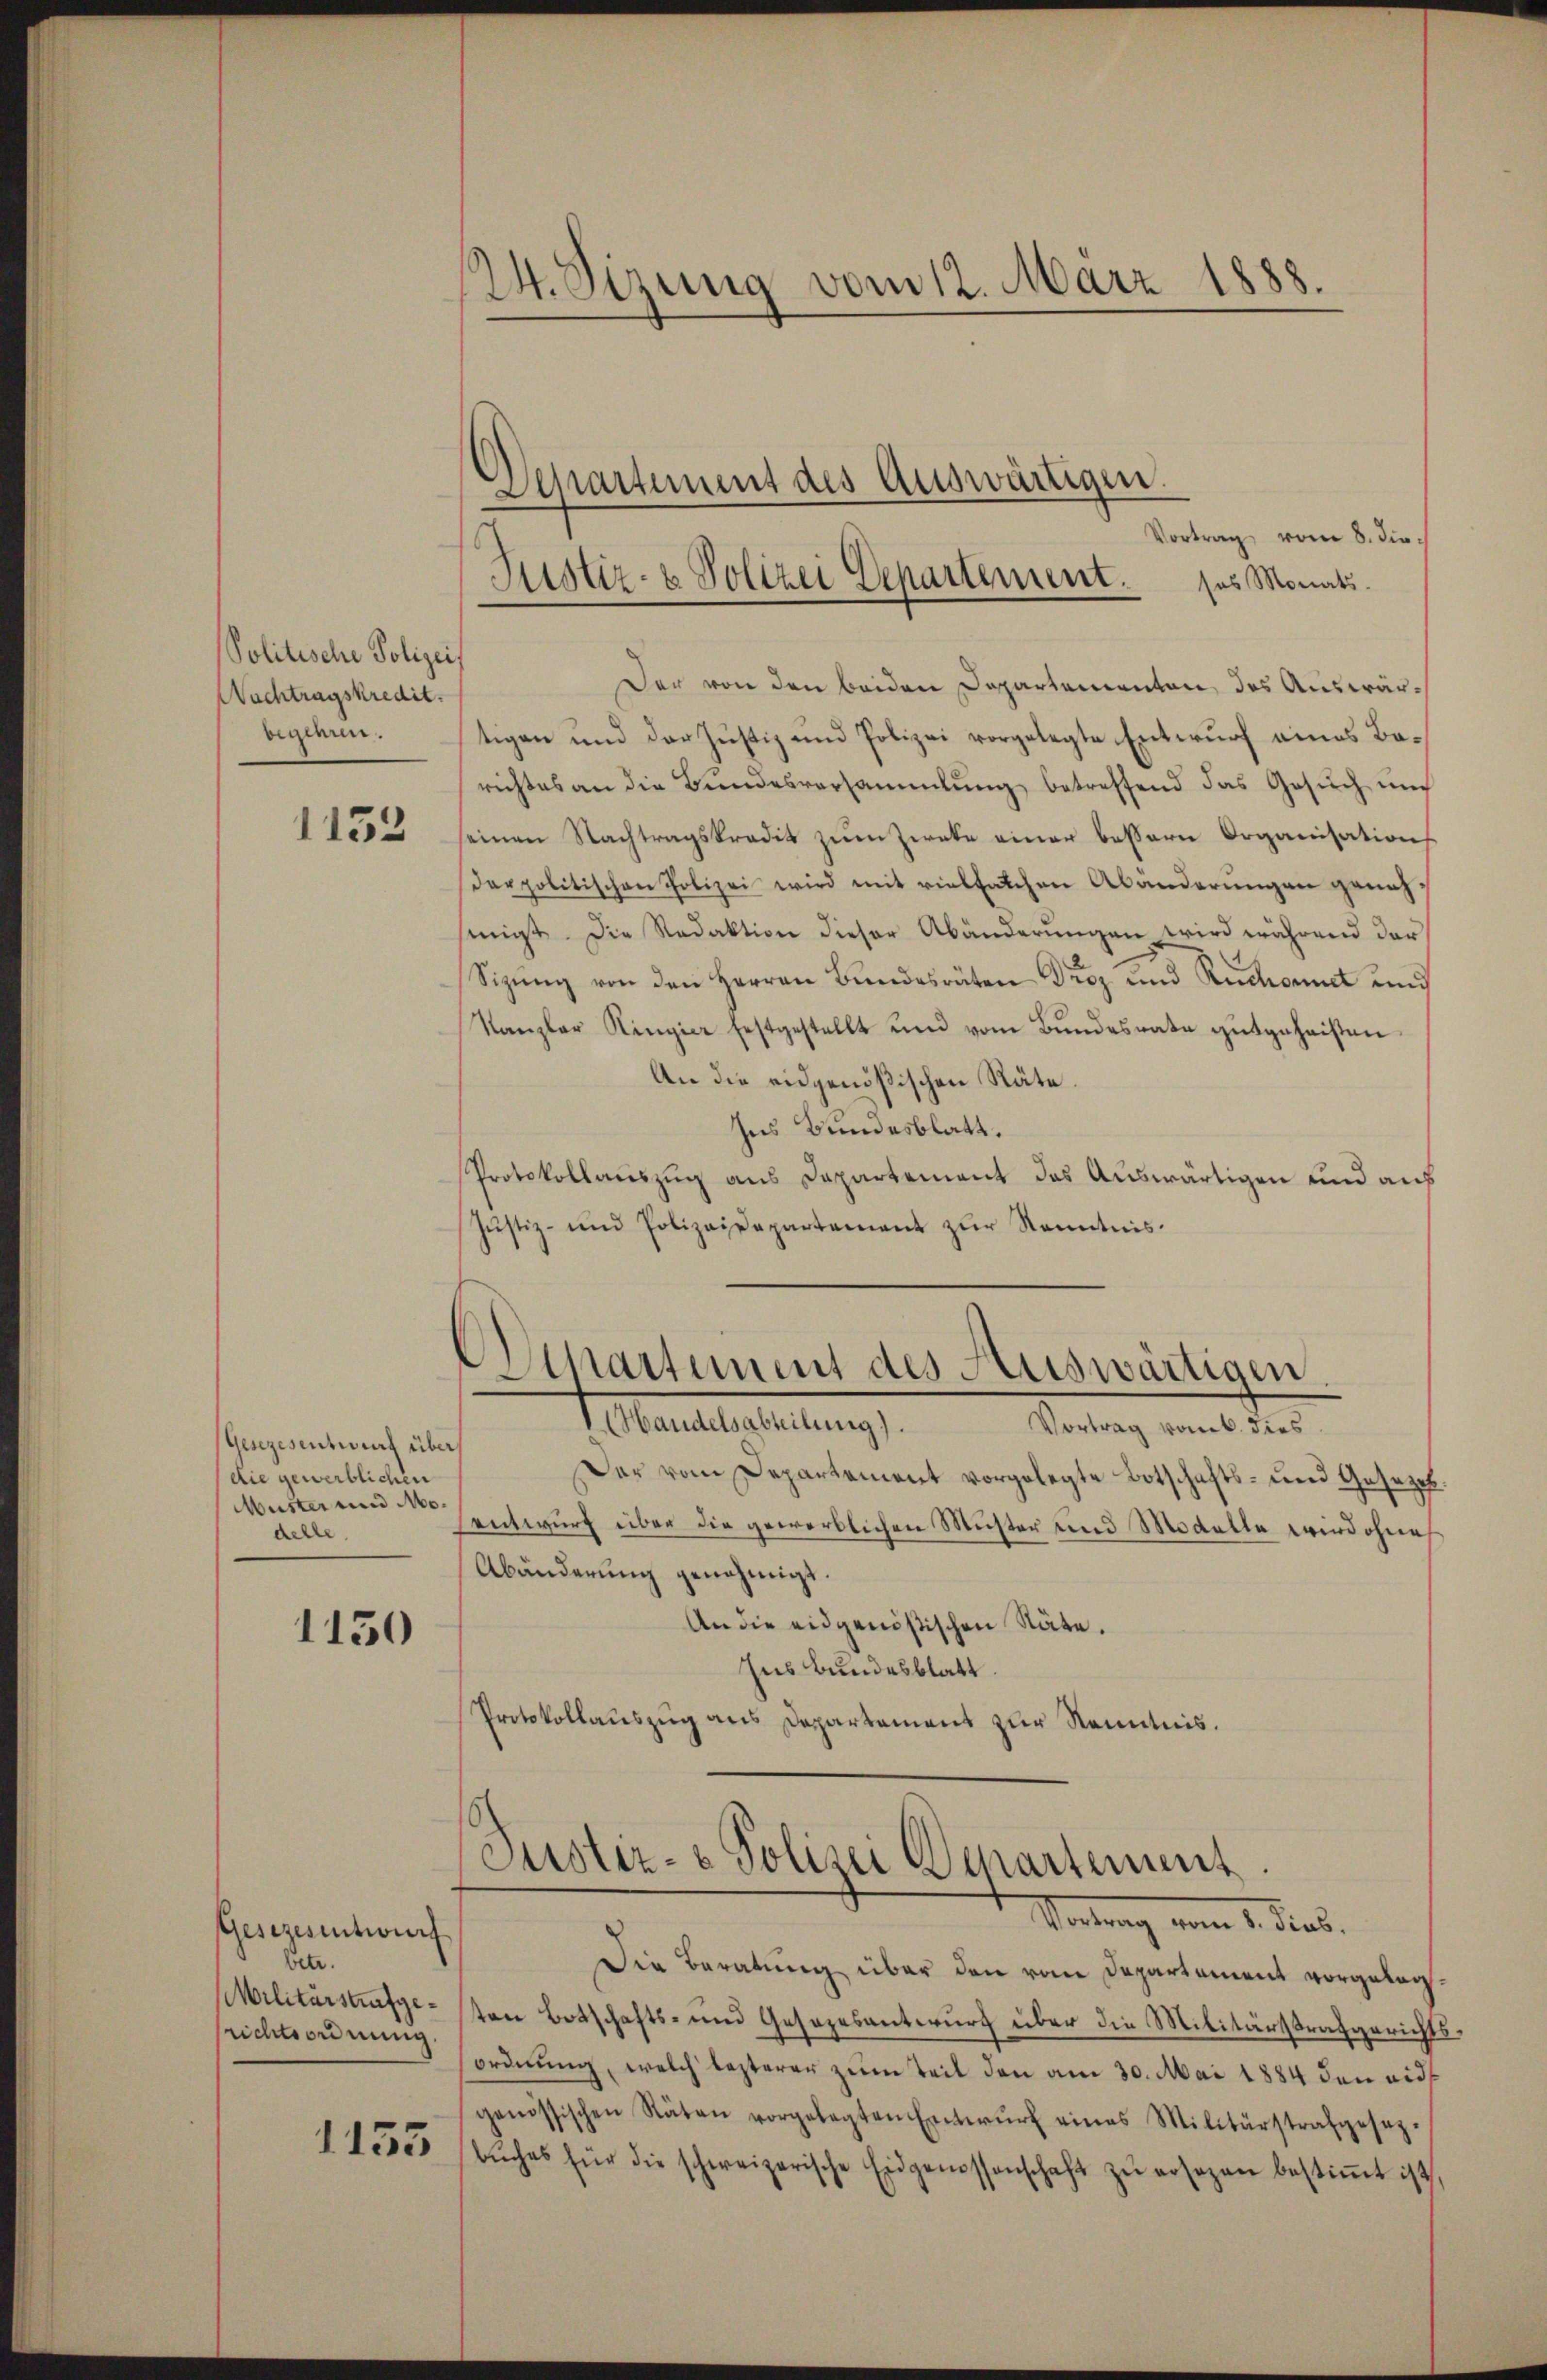
Politische Polizei
Wachtragskredit.
biglern.

1153

Gesezesentwurf über
(die gewerblichen
Muster und Modelle

1130

Gesezesentwurf
betr.
Militärstrafgerichtsordnung.

1155

24. Sizung vom 12. März 1888.

Vortrag vom 8. die
Der von den beiden Departementen, das Auswärtigen und der Justiz und Polizei vorgelegte Entwurf eines Barichtes an die Bundesversammlung betreffend das Gesŭch ŭm
seinen Nachtragskredit zŭm Zweke einer bessern Organisation
darpolitischen Polizei wird mit vielfachen Abänderungen genehsinigt. Die Redaktion dieser Abänderungen wird während der
Sizung von den Herren Bundesräten Droz und Ruchornet und
Kanzler Ringier festgestellt und vom Bŭndesrate gutgeheisten
An die eidgenößischen Räte
Ins Bundesblatt.
Protokollauszug aus Departement des Auswärtigen und aus
Justiz- und Polizeisepartement zur Kenntnis.

Departement des Auswärtigen.
Justiz- & Polizei Departement ses Monats.

Sipartement des Auswärtigen
V. Handelsabteilung).

Vortrag vom 6. dies
Der vom Departement vorgelegte Botschafts- und Gesezesentwurf über die gewerblichen Muster und Modelle wird ohnes
Abänderung genehmigt.
An die eidgenößischen Stäte.
Ins Bundesblatt
Protokollauszug aus Departement zur Kenntnis.

Justiz- & Polizei Departement.
Wortung vom 1. Sieb.

Die Beratung über den vom Departement vorgelegten Botschafts- und Gesezesantwurf über die Militärstrafgerichtsordnung, welch lezterer zum Teil den am 30. Mai 1884 den eidgenössischen Stäten vorgelegten Entwŭrf eines Militärstrafgesetz-
bŭches für die schweizerische Eidgenossenschaft zŭ ersagen bestiṁt ist,